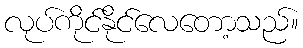
လုပ်ကိုင်နိုင်လေတော့သည်။